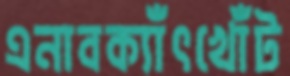
এনাবক্যাঁৎখোঁট